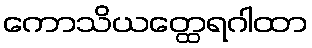
ကောသိယတ္ထေရဂါထာ